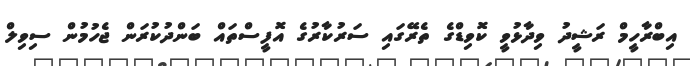
އިބްރާހީމް ރަޝީދު ވިދާޅުވީ ކޮވިޑްގެ ތެރޭގައި ސަރުކާރުގެ އޮފީސްތައް ބަންދުކުރަން ޖެހުމުން ސިވިލް